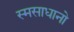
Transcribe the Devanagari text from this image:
स्मसाधानो